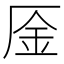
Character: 㕋